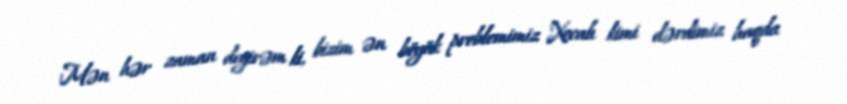
Mən hər zaman deyirəm ki, bizim ən böyük problemimiz Xocalı kimi dərdimiz haqda